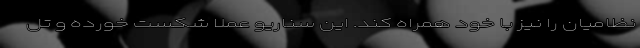
نظامیان را نیز با خود همراه کند. این سناریو عملاً شکست خورده و تل